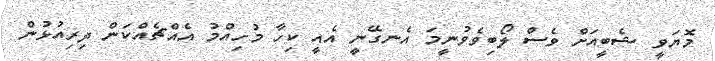
މޮޔަވީ ޝެބީއަށް ވެސް ލޯބިވެވުނީމަ އެނގޭނީ އެއީ ކިހާ މުހިއްމު އެއްޗެއްކަން ދިރިއުޅުން